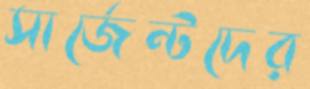
সার্জেন্টদের